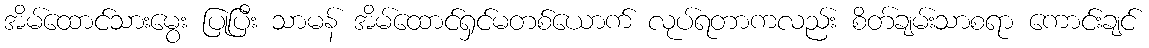
အိမ်ထောင်သားမွေး ပြုပြီး သာမန် အိမ်ထောင်ရှင်မတစ်ယောက် လုပ်ရတာကလည်း စိတ်ချမ်းသာစရာ ကောင်းချင်